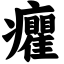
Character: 癯